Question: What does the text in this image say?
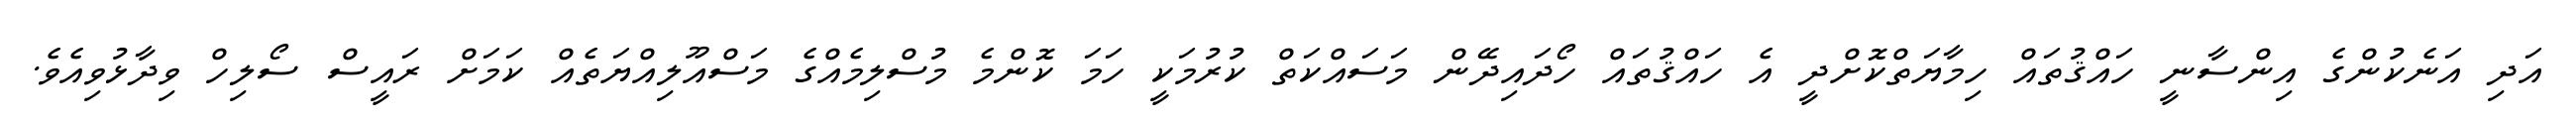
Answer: އަދި އަނެކުންގެ އިންސާނީ ހައްޤުތައް ހިމާޔަތްކޮށްދީ އެ ހައްޤުތައް ހޯދައިދޭން މަސައްކަތް ކުރުމަކީ ހަމަ ކޮންމެ މުސްލިމެއްގެ މަސްއޫލިއްޔަތެއް ކަމަށް ރައީސް ސޯލިހް ވިދާޅުވިއެވެ.